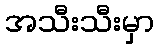
အသီးသီးမှာ